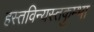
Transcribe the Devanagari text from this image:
हस्तविन्यस्तकुम्भा